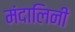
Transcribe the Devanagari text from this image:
मंदालिनी